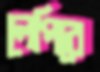
লেপিবে